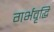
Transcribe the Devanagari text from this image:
गर्भवृद्धि